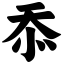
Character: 忝